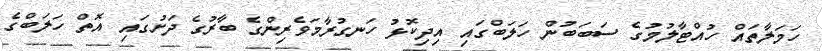
ހަމަލާތައް ހުއްޓާލުމުގެ ސަބަބުން ހަލަބްގައި އިދިކޮޅު ހަނގުރާމަވެރިންގެ ބާރުގެ ދަށުގައި އޮތް ހަލަބްގެ